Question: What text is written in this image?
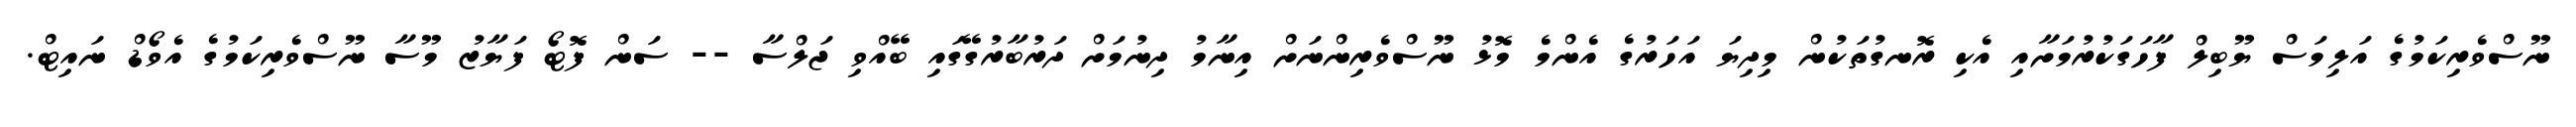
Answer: ނޫސްވެރިކަމުގެ އަލިމަސް ޔޫބިލް ފާހަގަކުރުމަށާއި އެކި ރޮނގުތަކުން މިދިޔަ އަހަރުގެ އެންމެ މޮޅު ނޫސްވެރިންނަށް އިނާމު ދިނުމަށް ދަރުބާރުގޭގައި ބޭއްވި ޖަލްސާ -- ސަން ފޮޓޯ ފަޔާޒު މޫސާ ނޫސްވެރިކަމުގެ އެވޯޑް ނައިޓް.